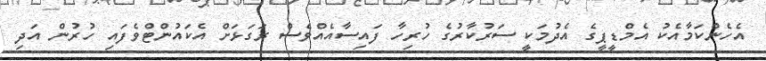
އެހެންކަމާއެކު އެމްޑީޕީގެ އެދުމަކީ ސަރުކާރުގެ ހުރިހާ ފައިސާއެއްވެސް ރަގަޅަށް އެކައުންޓްވެފައި ހުރުން އަދި